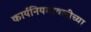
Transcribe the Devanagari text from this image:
कार्यनियमावलीच्या